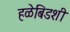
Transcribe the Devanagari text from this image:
हळेबिडशी